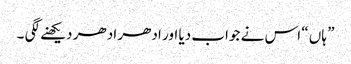
” ہاں “ اس نے جواب دیا اور ادھر ادھر دیکھنے لگی ۔